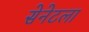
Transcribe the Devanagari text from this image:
सेनेटला